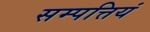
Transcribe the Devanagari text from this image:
सम्पत्तियं